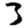
Digit: 3